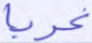
عربا